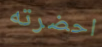
احضرته